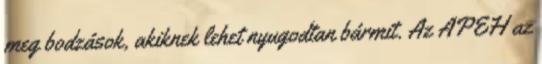
meg bodzások, akiknek lehet nyugodtan bármit. Az APEH az